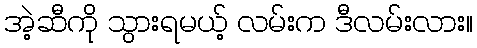
အဲ့ဆီကို သွားရမယ့် လမ်းက ဒီလမ်းလား။